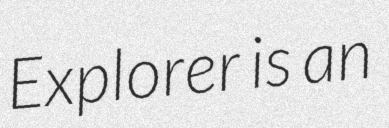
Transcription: Explorer is an